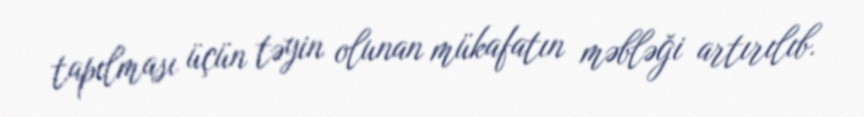
tapılması üçün təyin olunan mükafatın məbləği artırılıb.